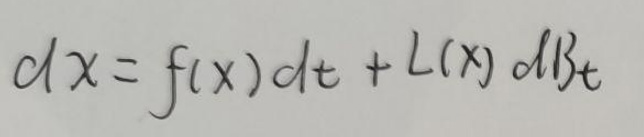
\[
dx = f(x)dt + L(x)dB_t
\]